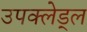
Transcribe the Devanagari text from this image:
उपक्लेड्ल